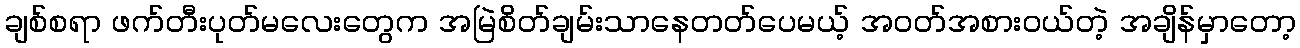
ချစ်စရာ ဖက်တီးပုတ်မလေးတွေက အမြဲစိတ်ချမ်းသာနေတတ်ပေမယ့် အဝတ်အစားဝယ်တဲ့ အချိန်မှာတော့